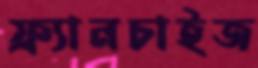
ফ্র্যানচাইজ